Annual statistical returns and brief notes on vaccination in Bengal - 1896-1909
Year: 1896
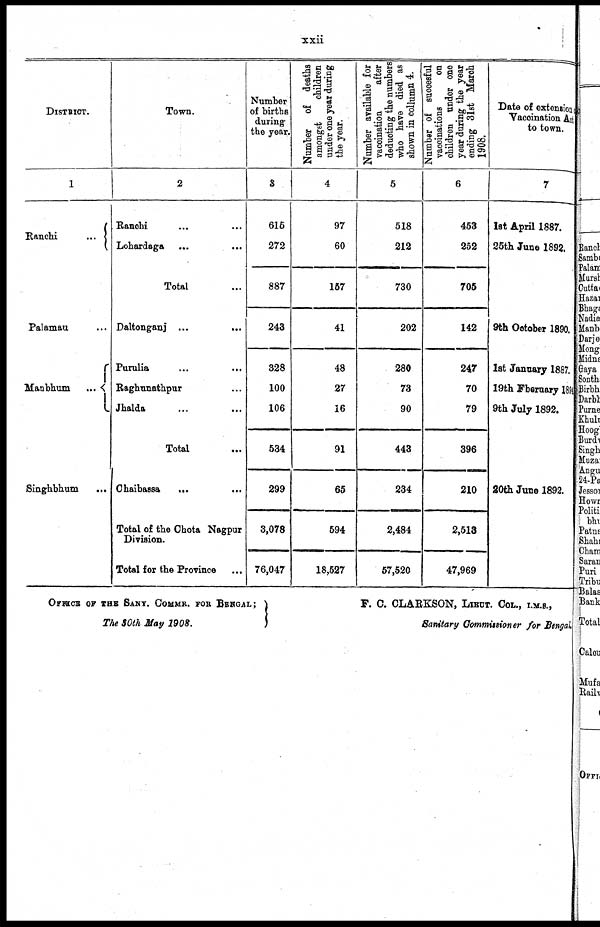
xxii
DISTRICT.
1
Ranchi...
Palamau...
Manbhum...
Singhbhum...
Town.
2
Ranchi... ...
Lohardaga...
...
Total...
Daltonganj...
...
Purulia...
...
Raghunathpur... ...
Jhalda... ...
Total...
Chaibassa... ...
Total of the Chota Nagpur
Division.
Total for the Province
Number
of births
during
the year.
3
615
272
887
243
328
100
106
534
299
3,078
76,047
Number of deaths
amongst
children
under one year during
the year.
4
97
60
157
41
48
27
16
91
65
594
18,527
Number available for
vaccination
after
deducting the numbers
who have died as
shown in collumn 4.
5
518
212
730
202
280
73
90
443
234
2,484
57,520
Number of succesful
vaccinations
on
children under one
year during the year
ending 31st March
1908.
6
453
252
705
142
247
70
79
396
210
2,513
47,969
Date of extension
Vaccination Act
to town.
7
1st April 1887.
25th June 1892.
9th October 1890.
1st January 1887.
19th February 1894
9th July 1892.
20th June 1892.
OFFICE OF THE SANY. COMMR. FOR BENGAL;
The 30th May 1908.
F. C. CLARKSON, LIEUT. COL., I.M.S.,
Sanitary Commissioner for Bengal.